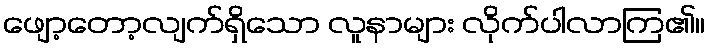
ဖျော့တော့လျက်ရှိသော လူနာများ လိုက်ပါလာကြ၏။